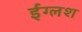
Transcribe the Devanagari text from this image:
ईंग्लश